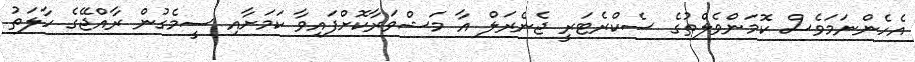
އެހެންނަމަވެސް ކޮމަންވެލްތުގެ ސެކްރެޓަރީ ޖެނެރަލް އާ މަޝްވަރާކޮށްފައިވާ ކަމަށާއި ސީމެގުން ރާއްޖޭގެ ހާލަތު